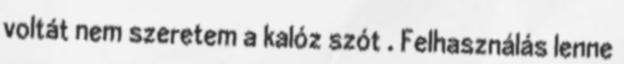
voltát nem szeretem a kalóz szót . Felhasználás lenne